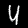
Label: 4